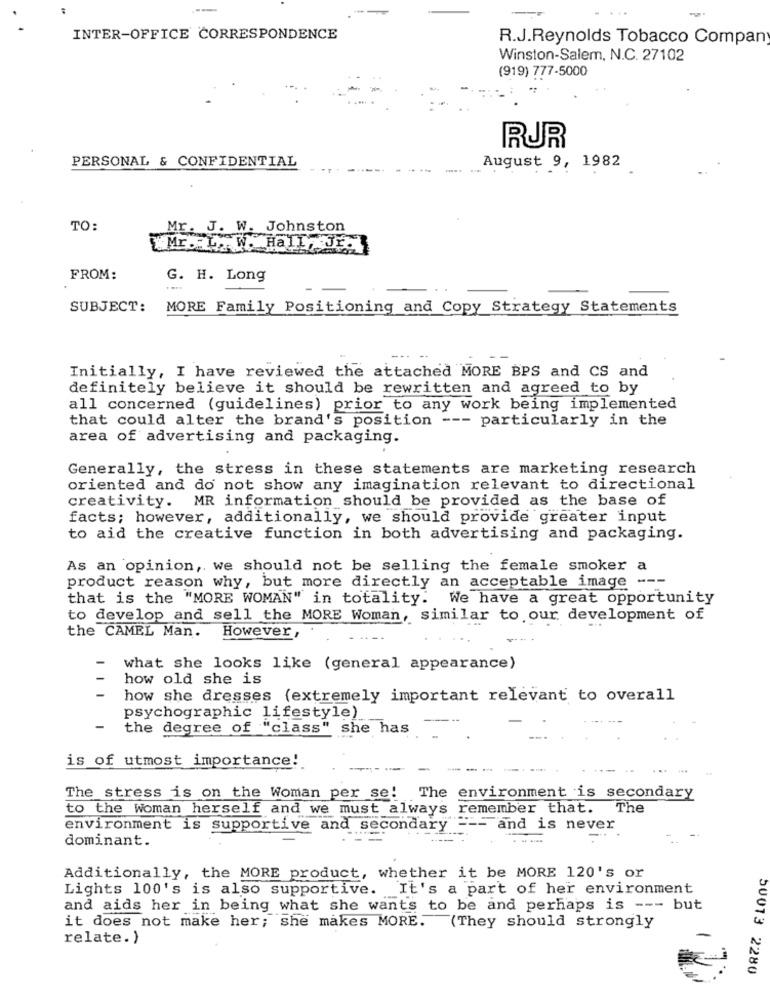
----
INTER-OFFICE CORRESPONDENCE
R.J.Reynolds Tobacco Compan
Winston-Salem, N.C. 27102
(919) 777-5000
RUR
PERSONAL & CONFIDENTIAL
August 9, 1982
TO:
Mr. J. W. Johnston
FROM:
G. H. Long
SUBJECT:
MORE Family Positioning and Copy Strategy Statements
Initially, I have reviewed the attached MORE BPS and CS and
definitely believe it should be rewritten and agreed to by
all concerned (guidelines) prior to any work being implemented
that could alter the brand's position --- particularly in the
area of advertising and packaging.
Generally, the stress in these statements are marketing research
oriented and do not show any imagination relevant to directional
creativity. MR information should be provided as the base of
facts; however, additionally, we should provide greater input
to aid the creative function in both advertising and packaging.
As an opinion, we should not be selling the female smoker a
product reason why, but more directly an acceptable image ---
that is the "MORE WOMAN" in totality. We have a great opportunity
to develop and sell the MORE Woman, similar to our development of
the CAMEL Man.
However,
what she looks like (general appearance)
how old she is
how she dresses (extremely important relevant to overall
psychographic lifestyle)
the degree of "class" she has
is of utmost importance!
The stress is on the Woman per se! The environment is secondary
to the woman herself and we must always
remember that.
The
environment is supportive and secondary"
=== and is never
dominant.
---
Additionally, the MORE product, whether it be MORE 120's or
Lights 100's is also supportive. It's a part of her environment
and aids her in being what she wants to be and perhaps is --- but
it does not make her; she makes MORE.
(They should strongly
relate. )
50013 2280